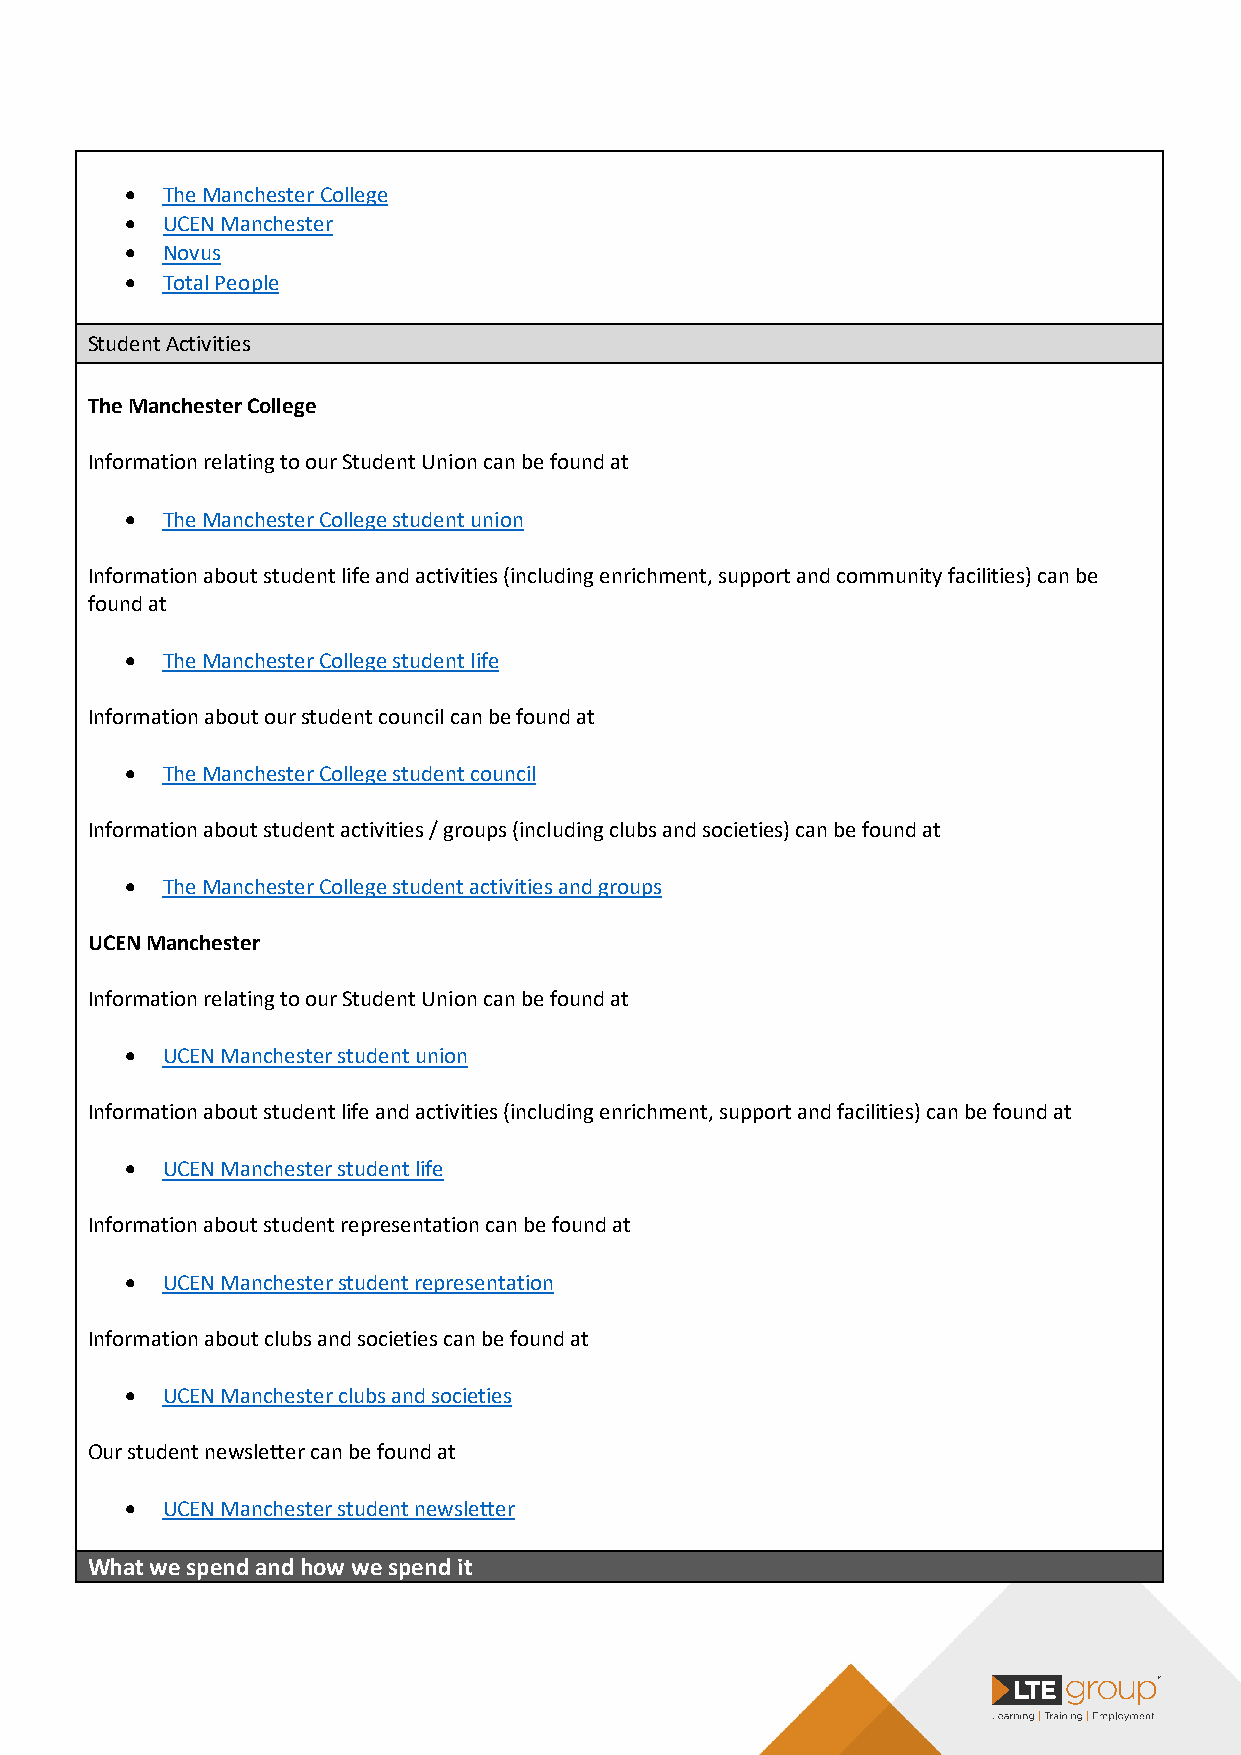
•  The Manchester College
 •  UCEN Manchester
 •  Novus
 •  Total People
 Student Activities
 The Manchester College
 Information relating to our Student Union can be found at
 •  The Manchester College student union
 Information about student life and activities (including enrichment, support and community facilities) can be
 found at
 •  The Manchester College student life
 Information about our student council can be found at
 •  The Manchester College student council
 Information about student activities / groups (including clubs and societies) can be found at
 •  The Manchester College student activities and groups
 UCEN Manchester
 Information relating to our Student Union can be found at
 •  UCEN Manchester student union
 Information about student life and activities (including enrichment, support and facilities) can be found at
 •  UCEN Manchester student life
 Information about student representation can be found at
 •  UCEN Manchester student representation
 Information about clubs and societies can be found at
 •  UCEN Manchester clubs and societies
 Our student newsletter can be found at
 •  UCEN Manchester student newsletter
 What we spend and how we spend it